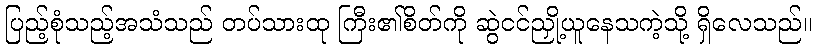
ပြည့်စုံသည့်အသံသည် တပ်သားထု ကြီး၏စိတ်ကို ဆွဲငင်ညှို့ယူနေသကဲ့သို့ ရှိလေသည်။